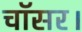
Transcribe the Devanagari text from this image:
चॉसर।